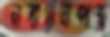
নবায়নপত্র